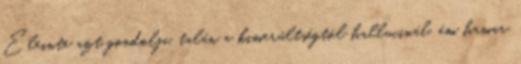
Eleinte azt gondolja, talán a kimerültségtől hallucinál, ám hamar